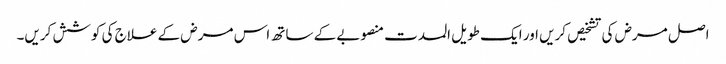
اصل مرض کی تشخیص کریں اور ایک طویل المدت منصوبے کے ساتھ اس مرض کے علاج کی کوشش کریں۔